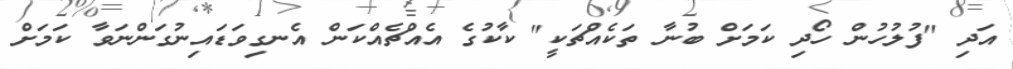
އަދި "ފުލުހުން ހޯދި ކަމަށް ބުނާ ތަކެއްޗަކީ" ކާކުގެ އެއްޗެއްކަން އެނގިވަޑައިނުގަންނަވާ ކަމަށް